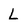
Character: L